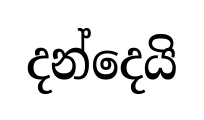
දන්දෙයි